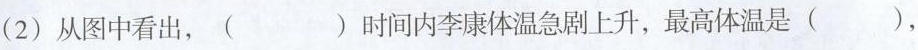
(2)从图中看出，（）时间内李康体温急剧上升，最高体温是（），